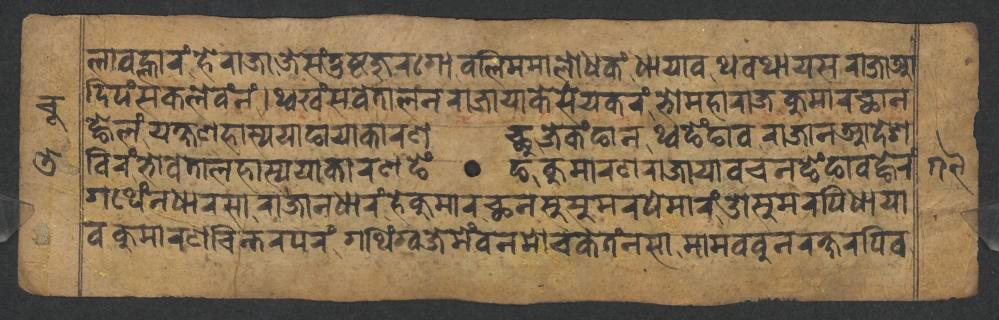
𑐮𑐵𑐰𑐮𑑂𑐴𑐵𑐬𑑄𑐴𑐾𑐬𑐵𑐖𑐵𑐖𑐾𑐳𑑄𑐟𑐸𑐲𑑂𑐚𑐖𑐸𑐬𑐐𑑀𑐧𑐮𑐶𑐩𑐩𑐵𑐮𑑀𑐢𑐎𑑄𑐢𑐵𑐫𑐵𑐰𑐠𑐰𑐠𑐵𑐫𑐳𑐬𑐵𑐖𑐵𑐁 𑐡𑐶𑐥𑑄𑐳𑐎𑐮𑐾𑐰𑑄𑐣𑑄𑑋𑐠𑑂𑐰𑐏𑑄𑐳𑐰𑐾𑐟𑐵𑐮𑐣𑐬𑐵𑐖𑐵𑐫𑐵𑐎𑐾𑐳𑐾𑐫𑐎𑐬𑑄𑐨𑑀𑐩𑐴𑐵𑐬𑐵𑐖𑐎𑐸𑐩𑐵𑐬𑐕𑐵𑐣 𑐒𑑂𑐴𑐾𑐮𑑄𑐫𑐎𑑂𑐲𑐞𑐴𑐵𑐳𑑂𑐫𑐫𑐵𑐒𑐵𑐫𑐵𑐎𑐵𑐬𑐞𑑂𑐕𑐸𑐖𑐾𑐎𑑄𑐒𑐵𑐣𑐠𑑂𑐰𑐒𑐾𑑄𑐒𑐵𑐰𑐬𑐵𑐖𑐵𑐣𑐁𑐡𑐾𑐱 𑐧𑐶𑐬𑑄𑐨𑑀𑐰𑐾𑐟𑐵𑐮𑐴𑐵𑐳𑑂𑐫𑐫𑐵𑐎𑐵𑐬𑐞𑐒𑐾𑑄𑐒𑐎𑐸𑐩𑐵𑐬𑐞𑐬𑐵𑐖𑐵𑐫𑐵𑐰𑐔𑐣𑐒𑐾𑑄𑐒𑐵𑐰𑐒𑑂𑐴𑐾𑐬𑑄 𑐐𑐠𑐾𑑄𑐣𑐢𑐵𑐬𑐳𑐵𑐬𑐵𑐖𑐵𑐣𑐢𑐵𑐬𑑄𑐴𑐾𑐎𑐸𑐩𑐵𑐬𑐕𑐣𑐳𑐸𑐳𑐸𑐩𑐬𑐥𑐾𑐩𑐵𑐬𑑄𑐌𑐳𑐸𑐩𑐬𑐥𑐶𑐢𑐵𑐫𑐵 𑐰𑐎𑐸𑐩𑐵𑐬𑐞𑐔𑐶𑐣𑑂𑐟𑐬𑐥𑐬𑑄𑐐𑐠𑐶𑑄𑐐𑑂𑐰𑐖𑐾𑐩𑐾𑑄𑐰𑐣𑐩𑑀𑐔𑐎𑐾𑐟𑑄𑐣𑐳𑐵𑐩𑐵𑐩𑐧𑐧𑐸𑐣𑐬𑐎𑑂𑐲𑐬𑐥𑐶𑐰